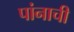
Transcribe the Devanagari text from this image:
पांनाची